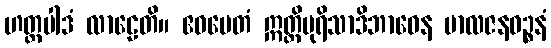
ဟတ္ထပါဒံ လာဠေတိ။ ဧဝမေတံ ဣတ္ထိပုရိသာဒိဘာဝေန ဗာလဇနဝဉ္စနံ